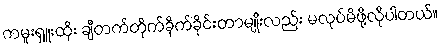
ကမူးရှူးထိုး ချီတက်တိုက်ခိုက်ခိုင်းတာမျိုးလည်း မလုပ်မိဖို့လိုပါတယ်။